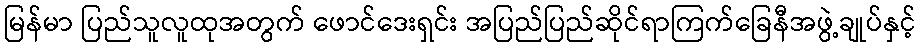
မြန်မာ ပြည်သူလူထုအတွက် ဖောင်ဒေးရှင်း အပြည်ပြည်ဆိုင်ရာကြက်ခြေနီအဖွဲ့ချုပ်နှင့်